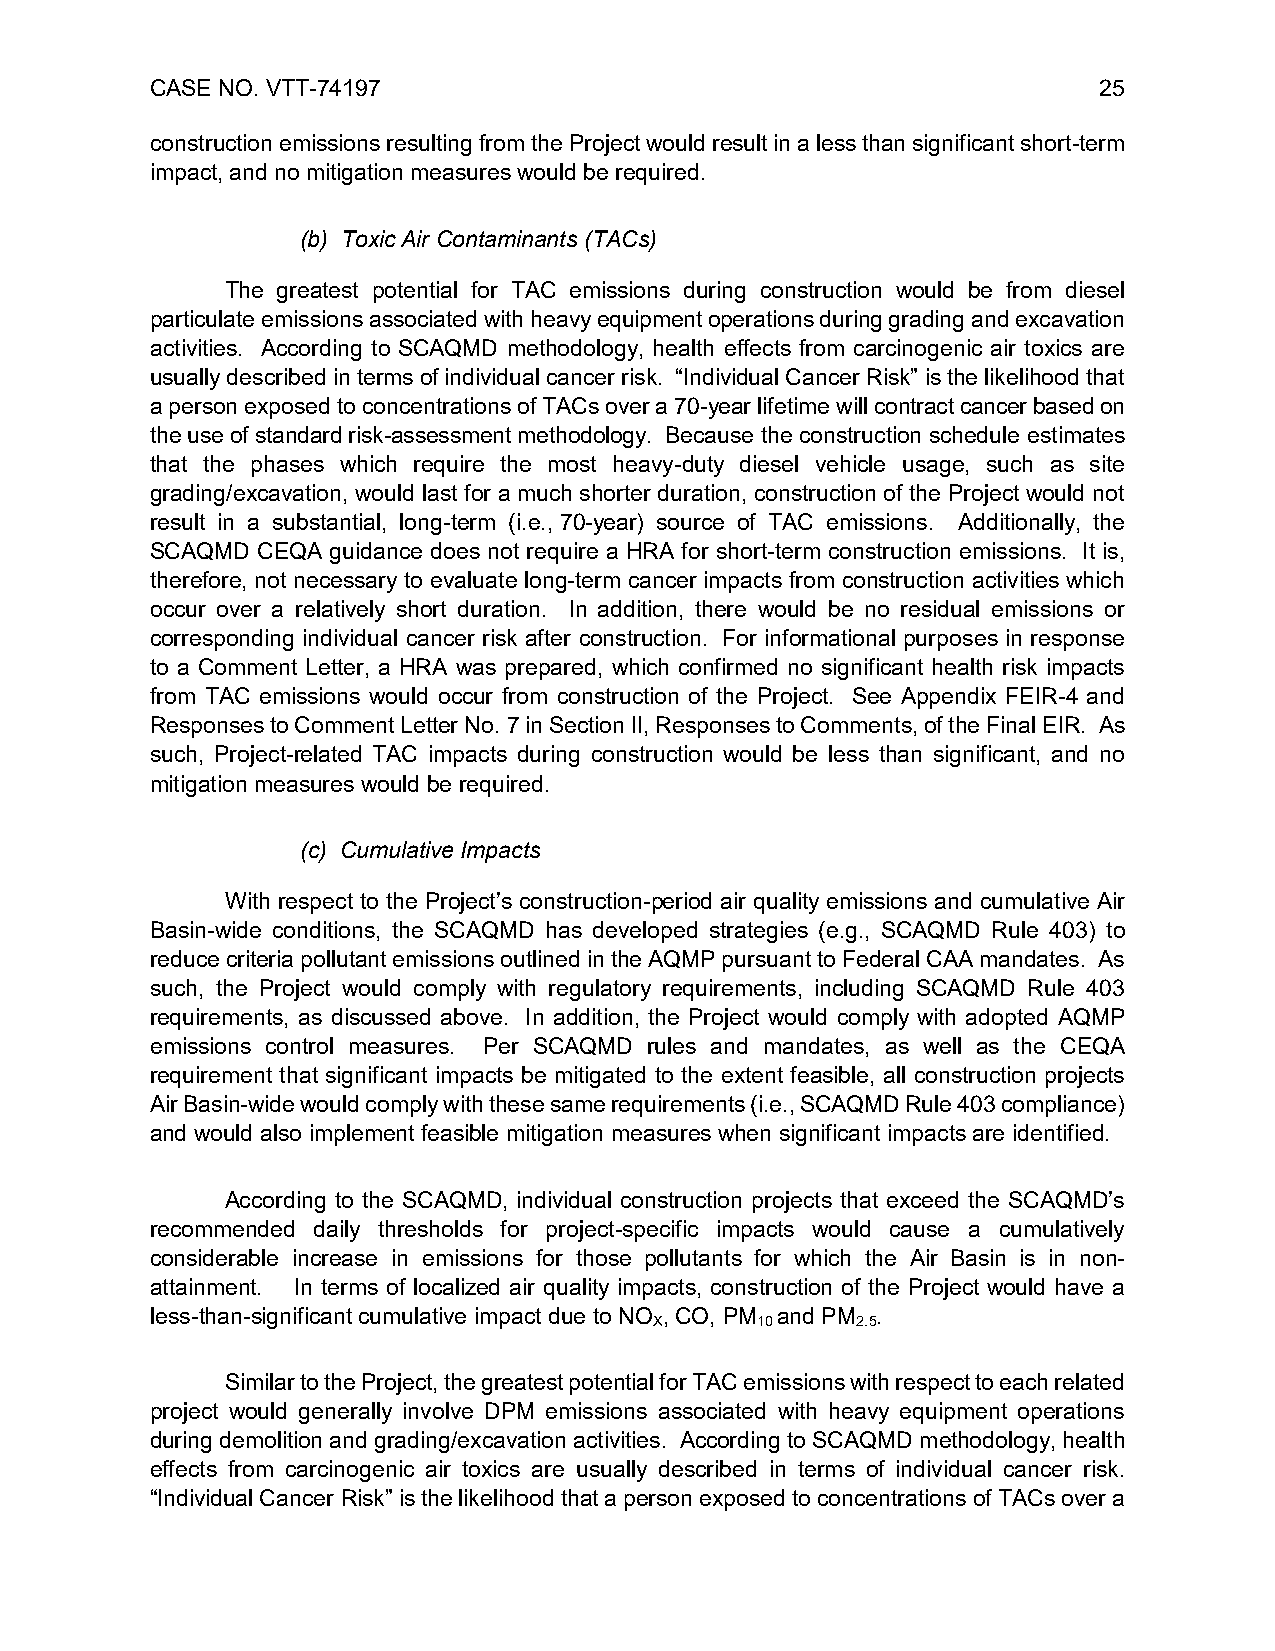
CASE NO. VTT-74197                                             25
 construction emissions resulting from the Project would result in a less than significant short-term
 impact, and no mitigation measures would be required.
 (b) Toxic Air Contaminants (TACs)
 The greatest potential for TAC emissions during construction would be from diesel
 particulate emissions associated with heavy equipment operations during grading and excavation
 activities. According to SCAQMD methodology, health effects from carcinogenic air toxics are
 usually described in terms of individual cancer risk. “Individual Cancer Risk” is the likelihood that
 a person exposed to concentrations of TACs over a 70-year lifetime will contract cancer based on
 the use of standard risk-assessment methodology. Because the construction schedule estimates
 that the phases which require the most heavy-duty diesel vehicle usage, such as site
 grading/excavation, would last for a much shorter duration, construction of the Project would not
 result in a substantial, long-term (i.e., 70-year) source of TAC emissions. Additionally, the
 SCAQMD CEQA guidance does not require a HRA for short-term construction emissions. It is,
 therefore, not necessary to evaluate long-term cancer impacts from construction activities which
 occur over a relatively short duration. In addition, there would be no residual emissions or
 corresponding individual cancer risk after construction. For informational purposes in response
 to a Comment Letter, a HRA was prepared, which confirmed no significant health risk impacts
 from TAC emissions would occur from construction of the Project. See Appendix FEIR-4 and
 Responses to Comment Letter No. 7 in Section II, Responses to Comments, of the Final EIR. As
 such, Project-related TAC impacts during construction would be less than significant, and no
 mitigation measures would be required.
 (c) Cumulative Impacts
 With respect to the Project’s construction-period air quality emissions and cumulative Air
 Basin-wide conditions, the SCAQMD has developed strategies (e.g., SCAQMD Rule 403) to
 reduce criteria pollutant emissions outlined in the AQMP pursuant to Federal CAA mandates. As
 such, the Project would comply with regulatory requirements, including SCAQMD Rule 403
 requirements, as discussed above. In addition, the Project would comply with adopted AQMP
 emissions control measures. Per SCAQMD rules and mandates, as well as the CEQA
 requirement that significant impacts be mitigated to the extent feasible, all construction projects
 Air Basin-wide would comply with these same requirements (i.e., SCAQMD Rule 403 compliance)
 and would also implement feasible mitigation measures when significant impacts are identified.
 According to the SCAQMD, individual construction projects that exceed the SCAQMD’s
 recommended daily thresholds for project-specific impacts would cause a cumulatively
 considerable increase in emissions for those pollutants for which the Air Basin is in non-
 attainment. In terms of localized air quality impacts, construction of the Project would have a
 less-than-significant cumulative impact due to NO , CO, PM and PM .
 X      10     2.5
 Similar to the Project, the greatest potential for TAC emissions with respect to each related
 project would generally involve DPM emissions associated with heavy equipment operations
 during demolition and grading/excavation activities. According to SCAQMD methodology, health
 effects from carcinogenic air toxics are usually described in terms of individual cancer risk.
 “Individual Cancer Risk” is the likelihood that a person exposed to concentrations of TACs over a